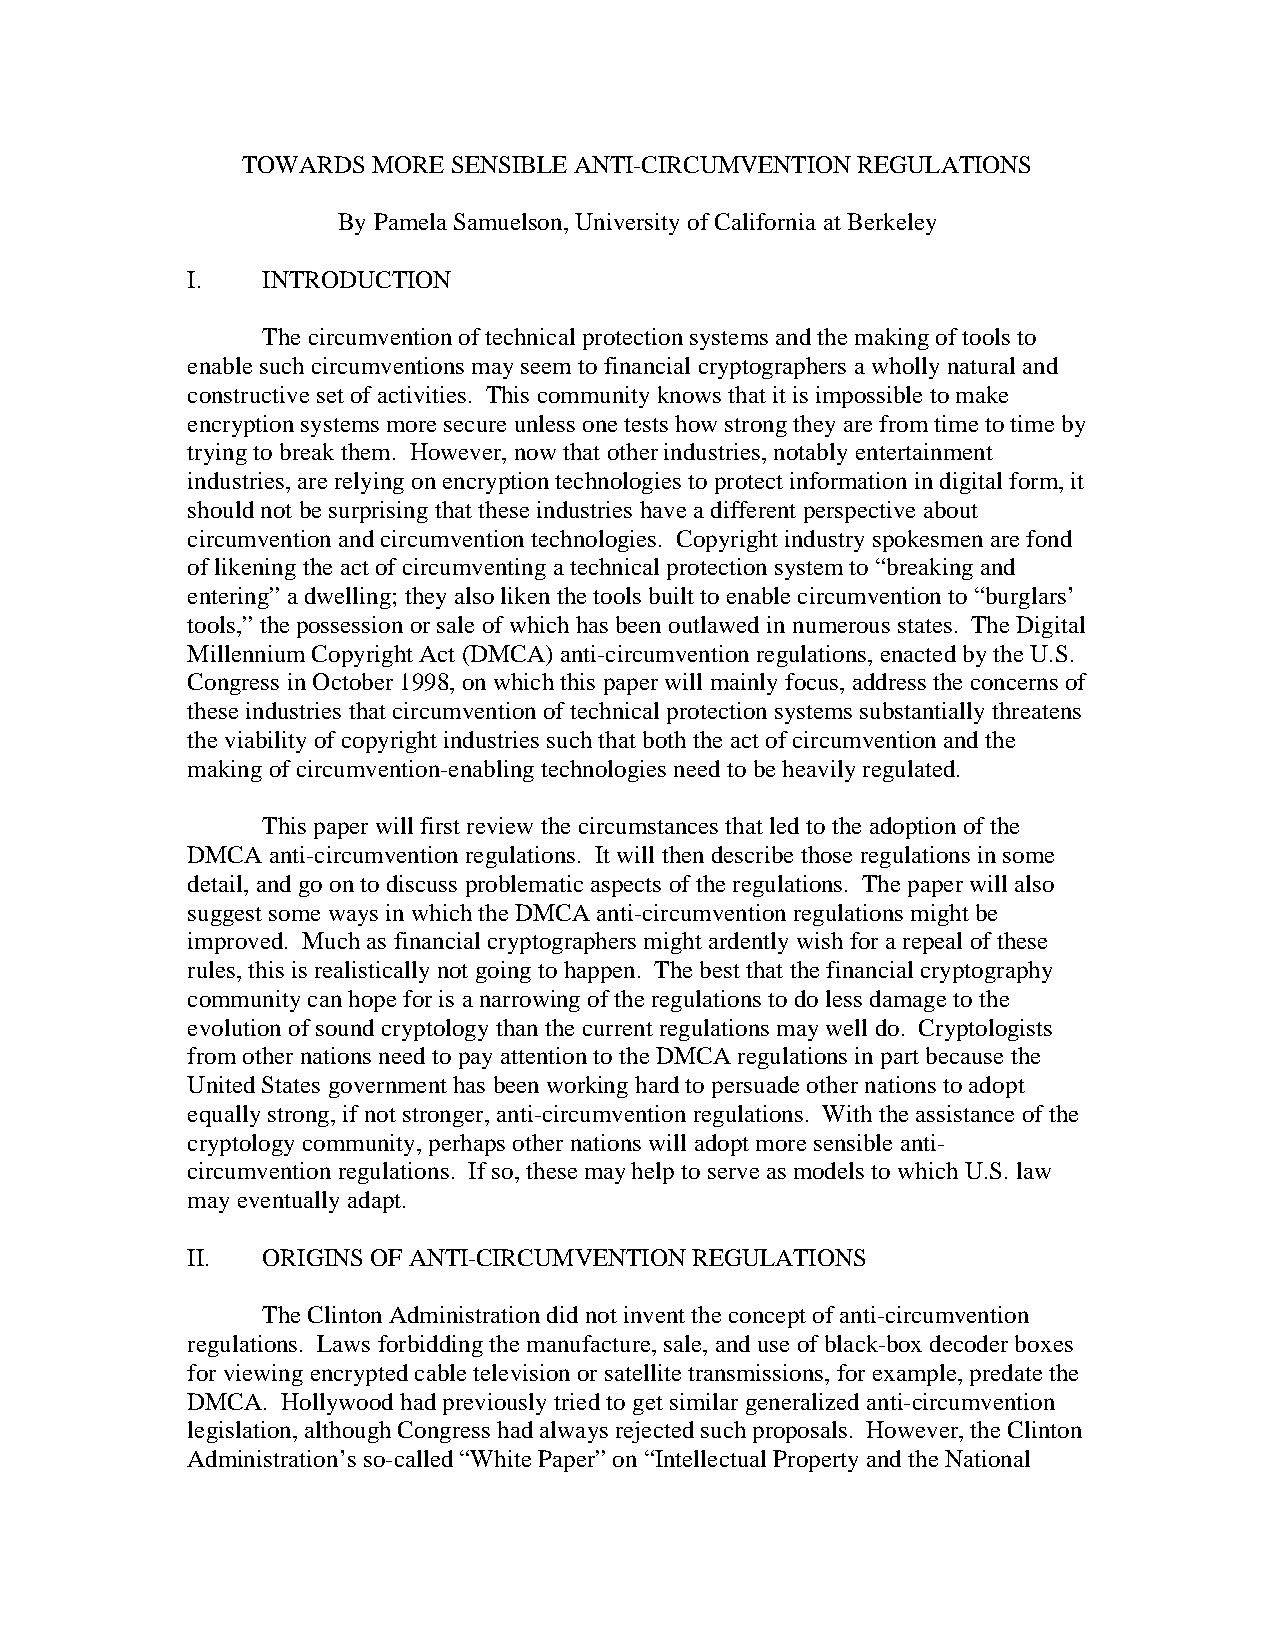
TOWARDS  MORE SENSIBLE ANTI-CIRCUMVENTION REGULATIONS
 By Pamela Samuelson, University of California at Berkeley
 I.   INTRODUCTION
 The circumvention of technical protection systems and the making of tools to
 enable such circumventions may seem to financial cryptographers a wholly natural and
 constructive set of activities. This community knows that it is impossible to make
 encryption systems more secure unless one tests how strong they are from time to time by
 trying to break them. However, now that other industries, notably entertainment
 industries, are relying on encryption technologies to protect information in digital form, it
 should not be surprising that these industries have a different perspective about
 circumvention and circumvention technologies. Copyright industry spokesmen are fond
 of likening the act of circumventing a technical protection system to “breaking and
 entering” a dwelling; they also liken the tools built to enable circumvention to “burglars’
 tools,” the possession or sale of which has been outlawed in numerous states. The Digital
 Millennium Copyright Act (DMCA) anti-circumvention regulations, enacted by the U.S.
 Congress in October 1998, on which this paper will mainly focus, address the concerns of
 these industries that circumvention of technical protection systems substantially threatens
 the viability of copyright industries such that both the act of circumvention and the
 making of circumvention-enabling technologies need to be heavily regulated.
 This paper will first review the circumstances that led to the adoption of the
 DMCA  anti-circumvention regulations. It will then describe those regulations in some
 detail, and go on to discuss problematic aspects of the regulations. The paper will also
 suggest some ways in which the DMCA anti-circumvention regulations might be
 improved. Much as financial cryptographers might ardently wish for a repeal of these
 rules, this is realistically not going to happen. The best that the financial cryptography
 community can hope for is a narrowing of the regulations to do less damage to the
 evolution of sound cryptology than the current regulations may well do. Cryptologists
 from other nations need to pay attention to the DMCA regulations in part because the
 United States government has been working hard to persuade other nations to adopt
 equally strong, if not stronger, anti-circumvention regulations. With the assistance of the
 cryptology community, perhaps other nations will adopt more sensible anti-
 circumvention regulations. If so, these may help to serve as models to which U.S. law
 may eventually adapt.
 II.  ORIGINS OF ANTI-CIRCUMVENTION REGULATIONS
 The Clinton Administration did not invent the concept of anti-circumvention
 regulations. Laws forbidding the manufacture, sale, and use of black-box decoder boxes
 for viewing encrypted cable television or satellite transmissions, for example, predate the
 DMCA.  Hollywood had previously tried to get similar generalized anti-circumvention
 legislation, although Congress had always rejected such proposals. However, the Clinton
 Administration’s so-called “White Paper” on “Intellectual Property and the National